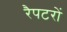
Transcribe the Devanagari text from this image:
रैपटरों